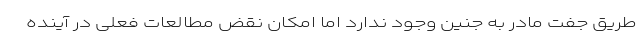
طریق جفت مادر به جنین وجود ندارد اما امکان نقض مطالعات فعلی در آینده